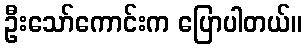
ဦးသော်ကောင်းက ပြောပါတယ်။